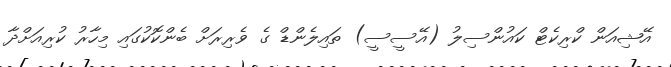
އޭޝިއަން ކްރިކެޓް ކައުންސިލު (އޭސީސީ) ތައިލެންޑް ގެ ވެރިރަށް ބެންކޮކުގައި މިހާރު ކުރިއަށްދާ